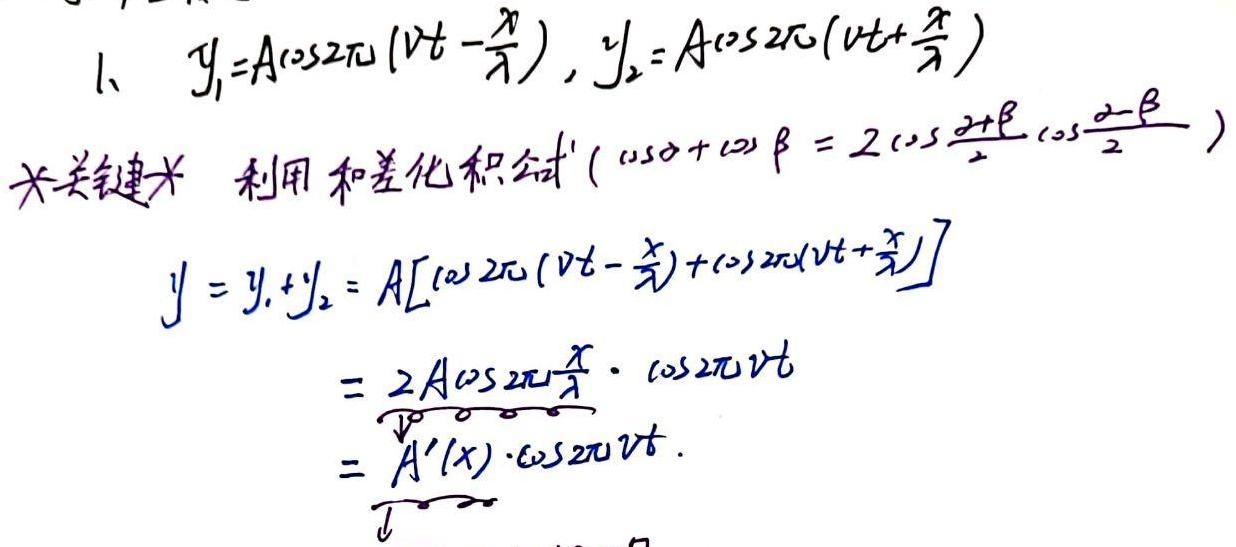
1. \(y_1 = A\cos2\pi(\nu t-\frac{x}{\lambda})\)，\(y_2 = A\cos2\pi(\nu t+\frac{x}{\lambda})\)。关键：利用和差化积公式\((\cos\alpha+\cos\beta = 2\cos\frac{\alpha + \beta}{2}\cos\frac{\alpha-\beta}{2})\)
\[
\begin{align*}
y&=y_1 + y_2=A[\cos2\pi(\nu t-\frac{x}{\lambda})+\cos2\pi(\nu t+\frac{x}{\lambda})]\\
&=2A\cos2\pi\frac{x}{\lambda}\cdot\cos2\pi\nu t\\
&=\underbrace{A'(x)}\cdot\cos2\pi\nu t
\end{align*}
\]